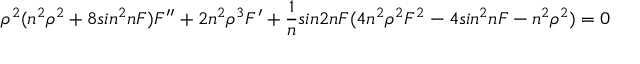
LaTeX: \rho ^ { 2 } ( n ^ { 2 } \rho ^ { 2 } + 8 s i n ^ { 2 } n F ) F ^ { \prime \prime } + 2 n ^ { 2 } \rho ^ { 3 } F ^ { \prime } + \frac { 1 } { n } s i n 2 n F ( 4 n ^ { 2 } \rho ^ { 2 } F ^ { 2 } - 4 s i n ^ { 2 } n F - n ^ { 2 } \rho ^ { 2 } ) = 0